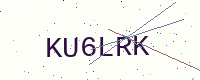
Text: KU6LRK